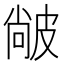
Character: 𤿼